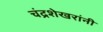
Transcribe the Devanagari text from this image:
चंद्रशेखरांनी